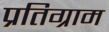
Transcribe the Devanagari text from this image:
प्रतिग्राम